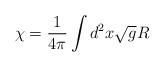
LaTeX: \begin{align*}\chi=\frac{1}{4\pi}\int d^2x\sqrt{g}R\end{align*}